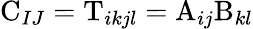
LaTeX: \mathrm{C}_{IJ}=\mathrm{T}_{ikjl}=\mathrm{A}_{ij}\mathrm{B}_{kl}